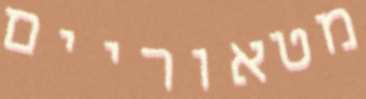
מטאוריים